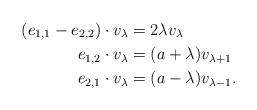
LaTeX: \begin{align*} (e_{1,1}-e_{2,2}) \cdot v_{\lambda} &= 2\lambda v_{\lambda}\\ e_{1,2} \cdot v_{\lambda} &= (a+\lambda) v_{\lambda+1}\\ e_{2,1} \cdot v_{\lambda} &= (a-\lambda) v_{\lambda-1}.\end{align*}